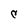
Character: C